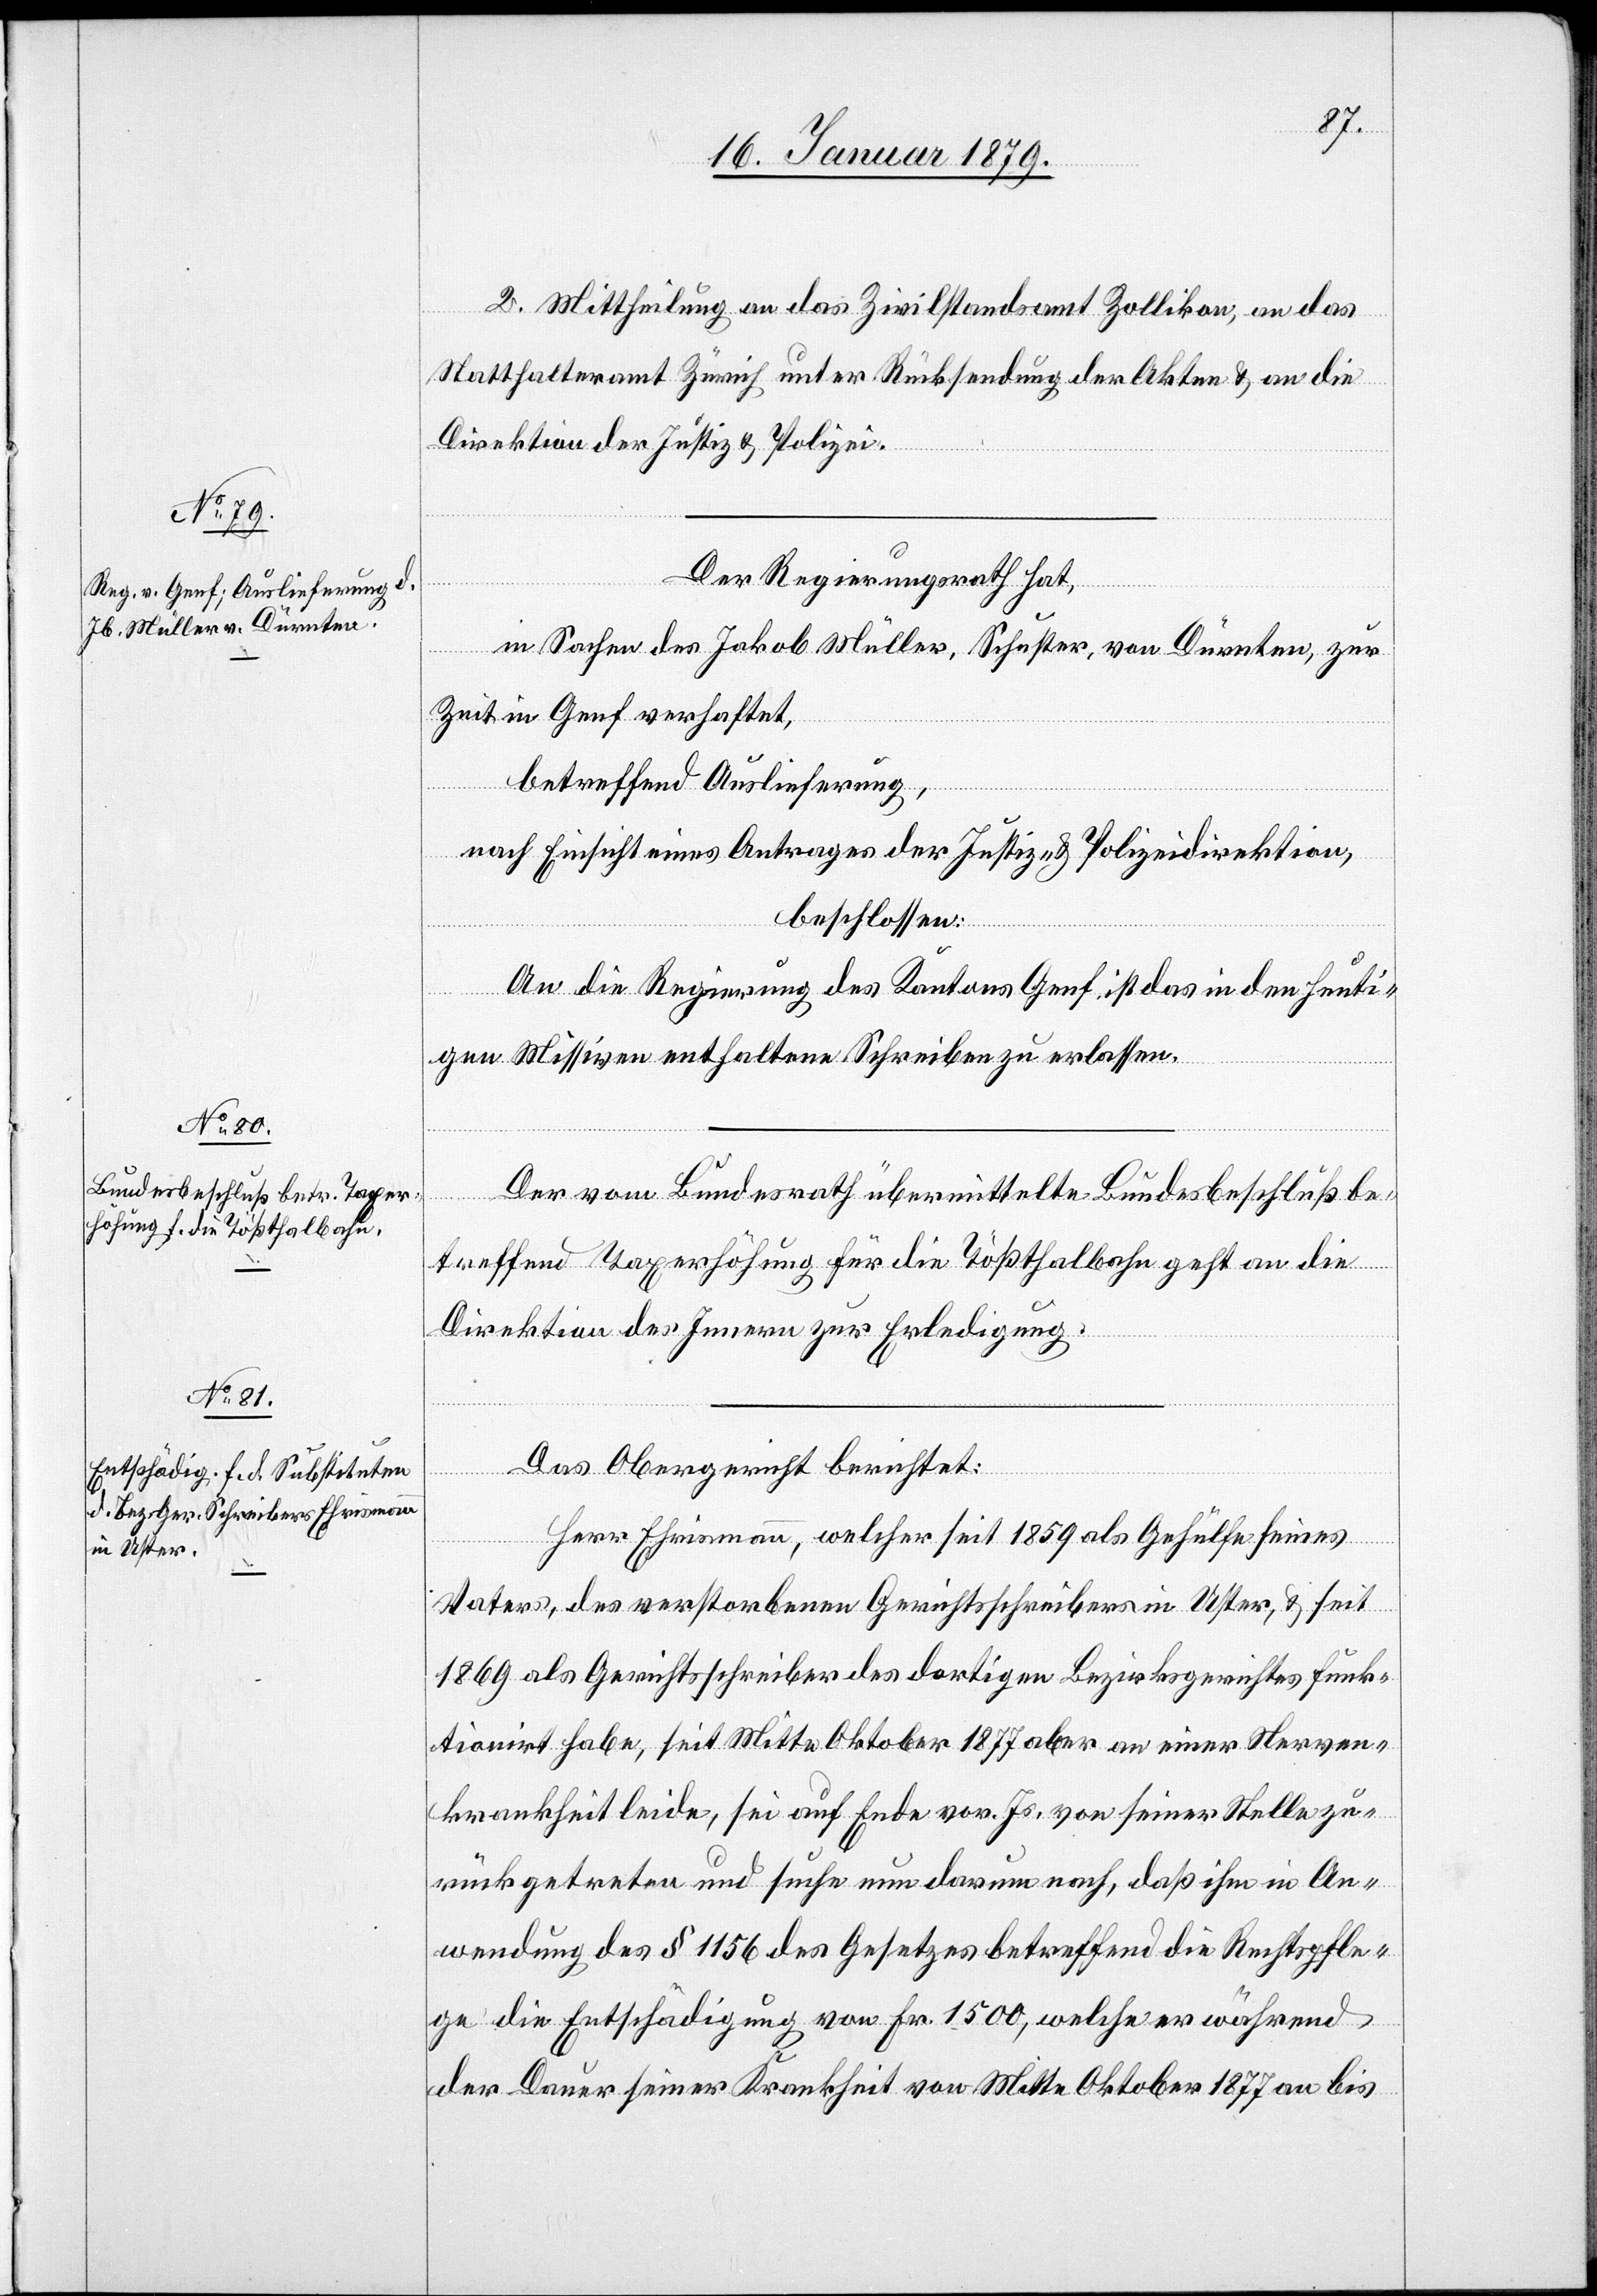
2. Mittheilung an das Zivilstandsamt Zollikon, an das
Statthalteramt Zürich unter Rücksendung der Akten & an die
Direktion der Justiz & Polizei.
Der Regierungsrath hat,
Genf
in Sachen des Jakob Müller, Schuster, von Dürnten, zur
betreffend Auslieferung,
nach Einsicht eines Antrages der Justiz- & Polizeidirektion,
beschlossen:
An die Regierung des Kantons Genf ist das in den heuti¬
gen Missiven enthaltene Schreiben zu erlassen.
Der vom Bundesrath übermittelte Bundesbeschluß be¬
treffend Taxerhöhung für die Tößthalbahn geht an die
Direktion des Innern zur Erledigung.
Das Obergericht berichtet:
Herr Ehrismann, welcher seit 1859 als Gehülfe seines
Vaters, des verstorbenen Gerichtsschreibers in Uster, & seit
1869 als Gerichtsschreiber des dortigen Bezirksgerichtes funk¬
tionirt habe, seit Mitte Oktober 1877 aber an einer Nerven¬
krankheit leide, sei auf Ende vor. Js. von seiner Stelle zu¬
rückgetreten und suche nun darum nach, daß ihm in An¬
wendung des § 1156 des Gesetzes betreffend die Rechtspfle¬
ge die Entschädigung von Fr. 1500, welche er während
der Dauer seiner Krankheit von Mitte Oktober 1877 an bis